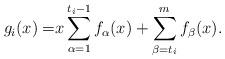
LaTeX: \begin{align*}g_{i}(x) = & x\sum_{\alpha=1}^{t_{i}-1}f_{\alpha}(x)+\sum_{\beta=t_{i}}^{m}f_{\beta}(x).\end{align*}